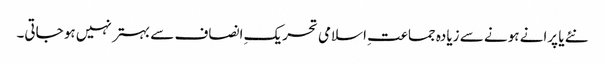
نئے یا پرانے ہونے سے زیادہ جماعتِ اسلامی تحریکِ انصاف سے بہتر نہیں ہو جاتی۔